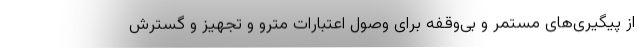
از پیگیری‌های مستمر و بی‌وقفه برای وصول اعتبارات مترو و تجهیز و گسترش